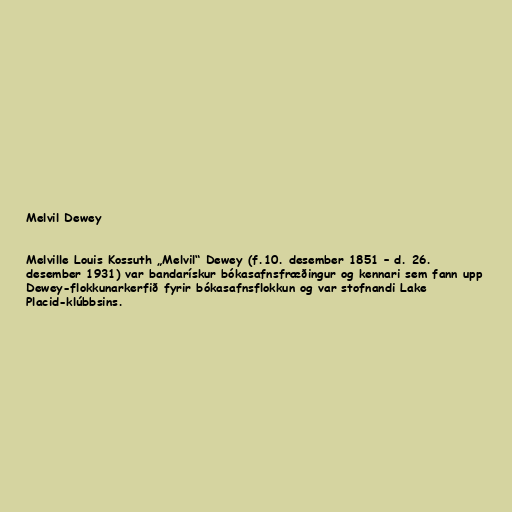
Melvil Dewey

Melville Louis Kossuth „Melvil“ Dewey (f.10. desember 1851 – d. 26.
desember 1931) var bandarískur bókasafnsfræðingur og kennari sem fann upp
Dewey-flokkunarkerfið fyrir bókasafnsflokkun og var stofnandi Lake
Placid-klúbbsins.